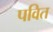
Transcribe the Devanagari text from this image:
पवित